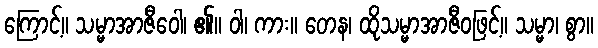
ကြောင့်။ သမ္မာအာဇီဝေါ၊ ၏။ ဝါ၊ ကား။ တေန၊ ထိုသမ္မာအာဇီဝဖြင့်။ သမ္မာ၊ စွာ။